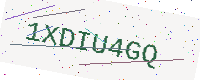
Text: 1XDIU4GQ